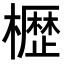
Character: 𭬒